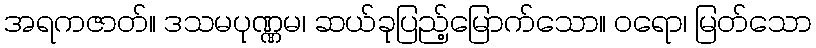
အရကဇာတ်။ ဒသမပုဏ္ဏမ၊ ဆယ်ခုပြည့်မြောက်သော။ ဝရော၊ မြတ်သော